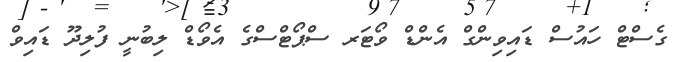
ގެސްޓް ހައުސް ޑައިވިންގް އެންޑް ވޯޓަރ ސްޕޯޓްސްގެ އެވޯޑް ލިބުނީ ފުލިދޫ ޑައިވް